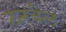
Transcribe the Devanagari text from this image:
ठरवेल